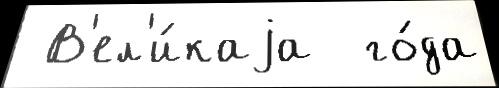
 В'ел'и́каjа  го́да